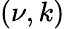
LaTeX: (\nu,k)